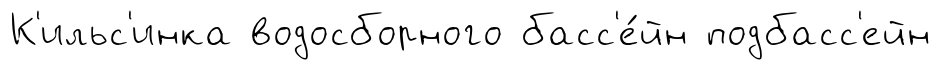
К'ильс'инка водосборного басс'е́йн подбасс'ейн